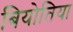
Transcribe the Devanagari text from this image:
बियोतिया